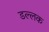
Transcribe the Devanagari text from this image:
डल्लक